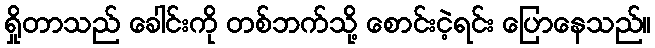
ရှိုတာသည် ခေါင်းကို တစ်ဘက်သို့ စောင်းငဲ့ရင်း ပြောနေသည်။